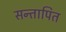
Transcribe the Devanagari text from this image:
सन्तापित